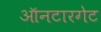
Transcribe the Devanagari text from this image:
ऑनटारगेट